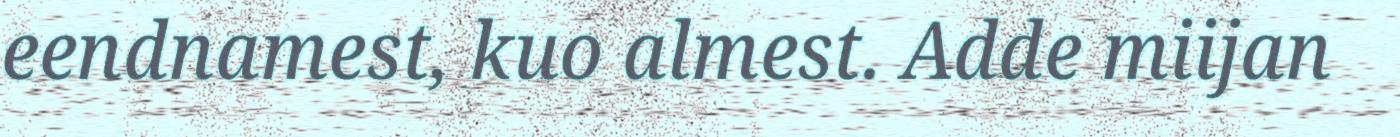
eendnamest, kuo almest. Adde miijan